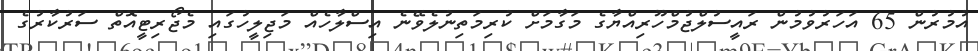
އުމުރުން 65 އަހަރުވުމުން ރައީސުލްޖުމްހޫރިއްޔާގެ މަގާމަށް ކުރިމަތިނުލެވޭނެ އިސްލާހެއް މަޖިލީހުގައި މެޖޯރިޓީއޮތް ސަރުކާރުގެ